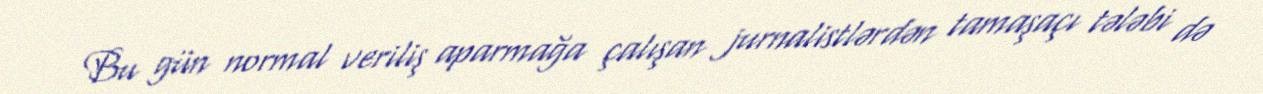
Bu gün normal veriliş aparmağa çalışan jurnalistlərdən tamaşaçı tələbi də